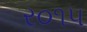
ર૦૧૫